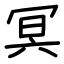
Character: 冥